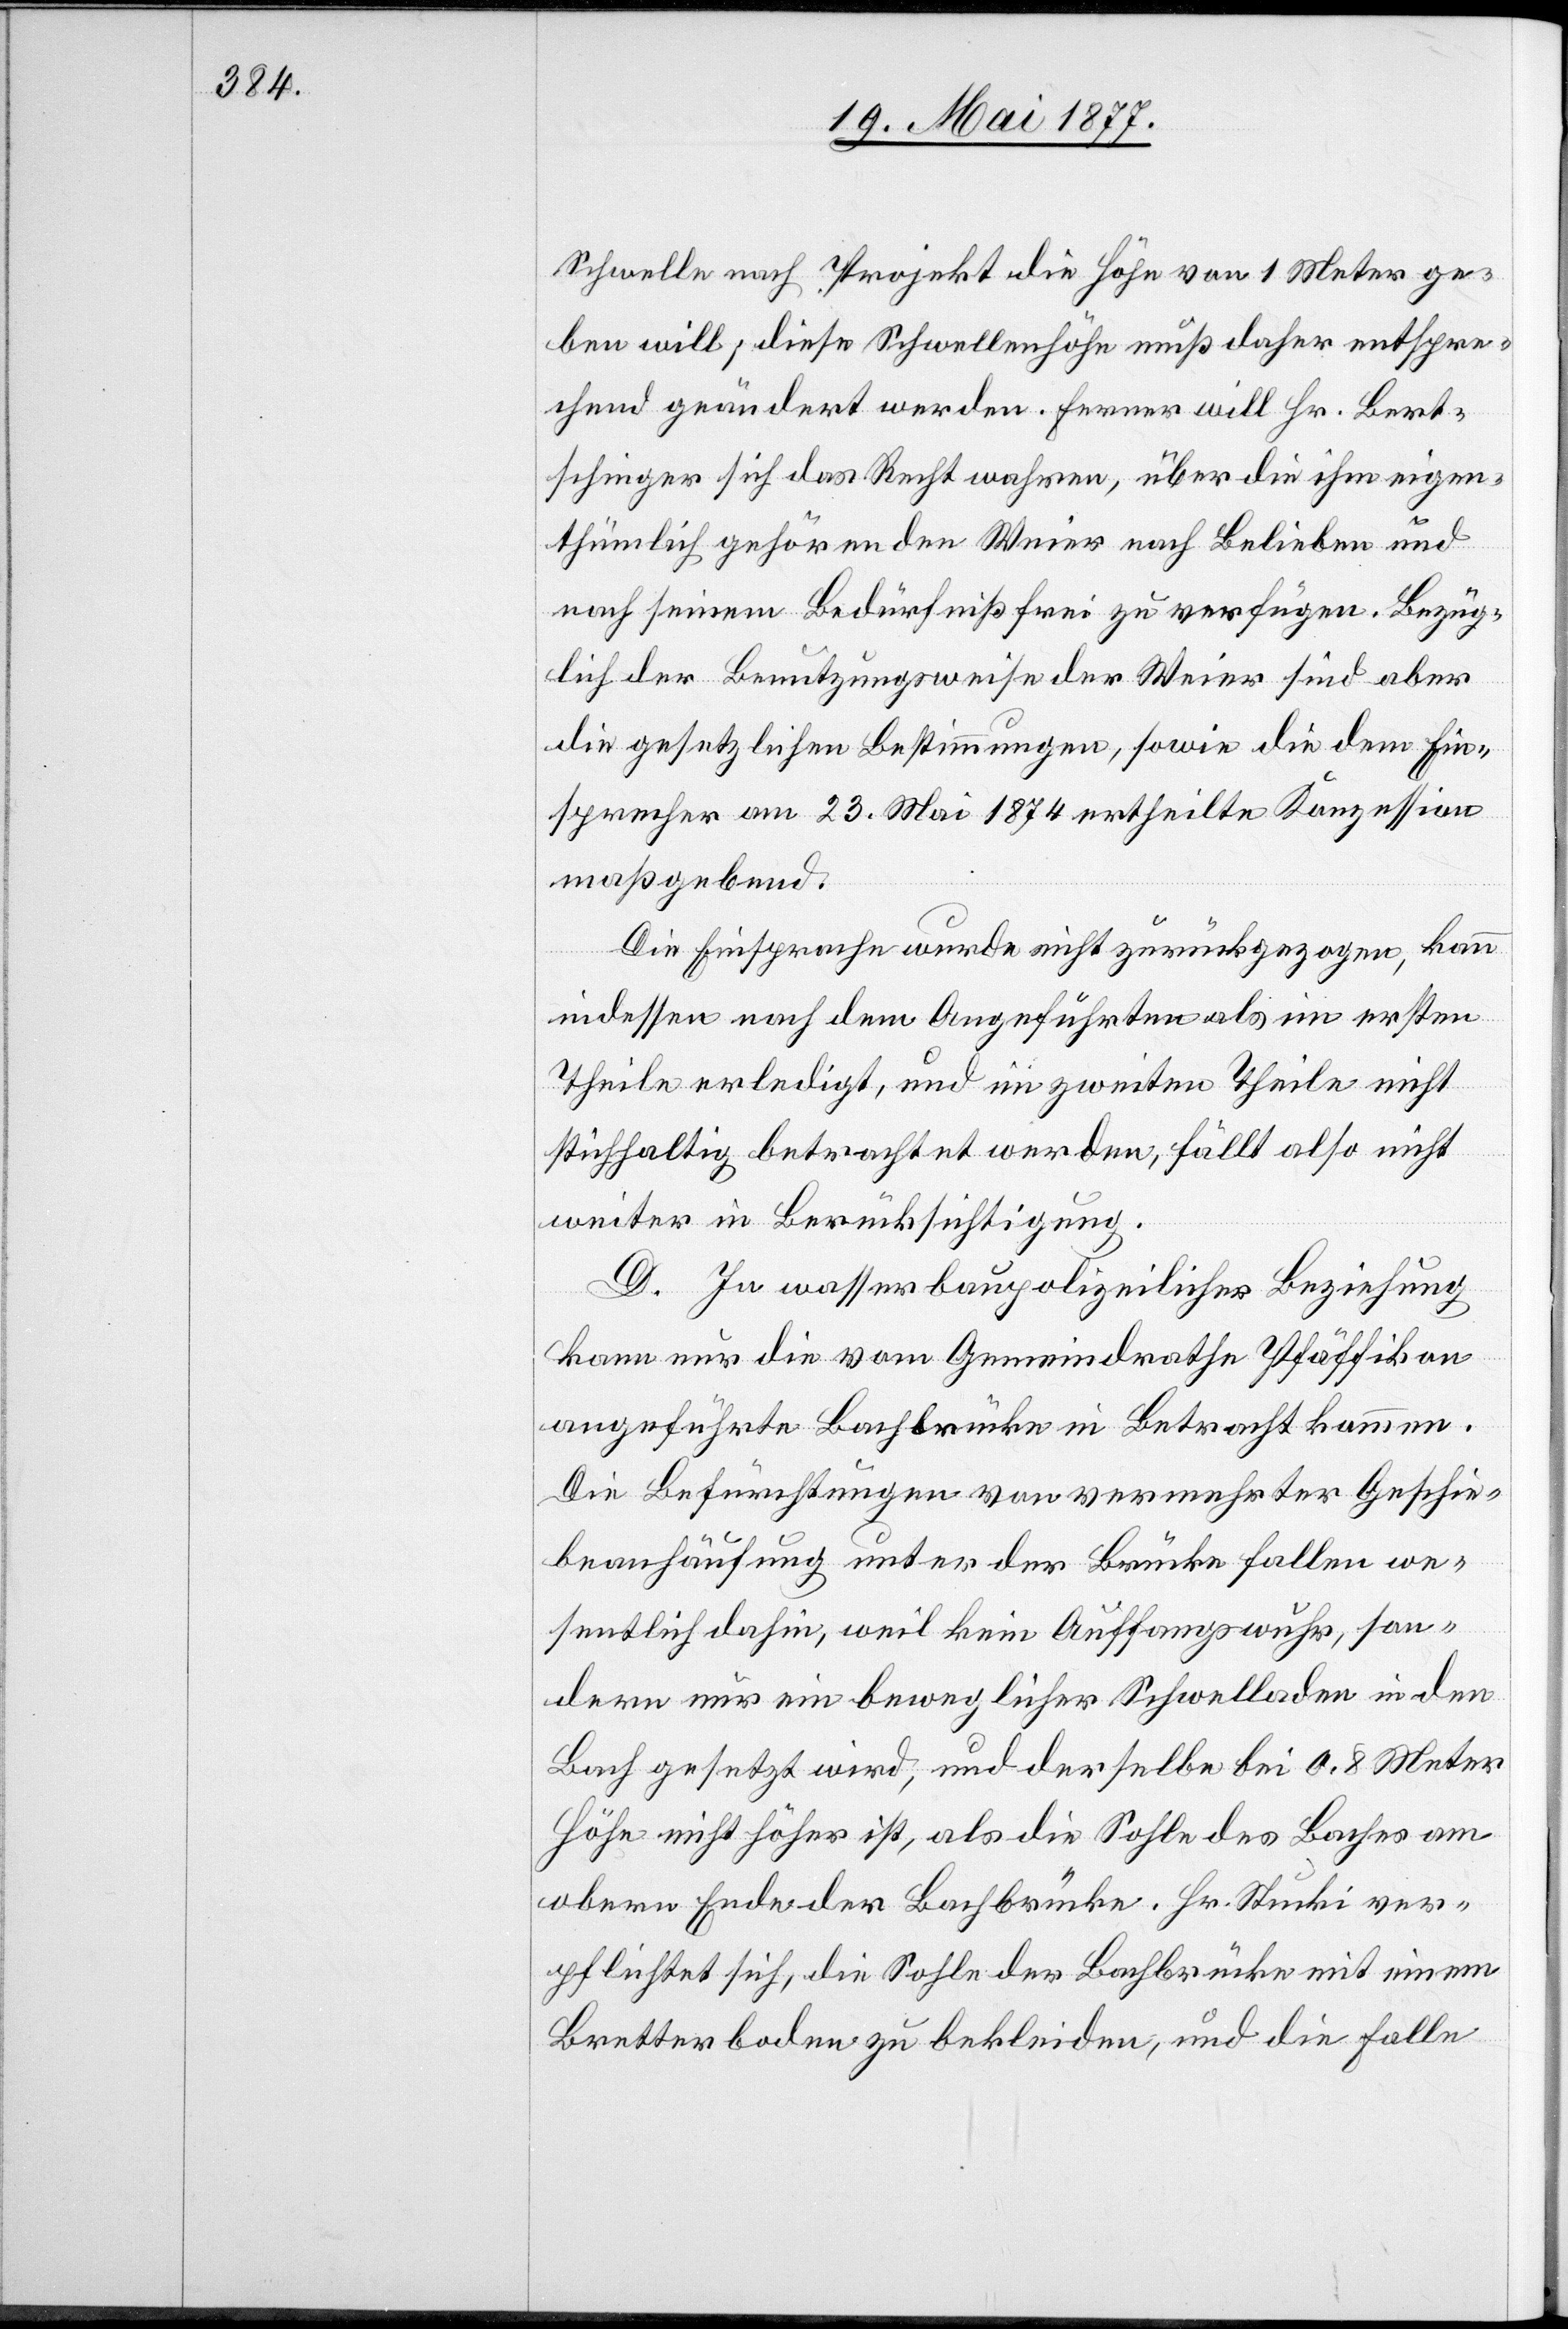
Schwelle nach Projekt die Höhe von 1 Meter ge¬
ben will; diese Schwellenhöhe muß daher entspre¬
chend geändert werden. Ferner will Hr. Bert¬
schinger sich das Recht wahren, über die ihm eigen¬
thümlich gehörenden Weier nach Belieben und
nach seinem Bedürfniß frei zu verfügen. Bezüg¬
lich der Benutzungsweise der Weier sind aber
die gesetzlichen Bestimmungen, sowie die dem Ein¬
sprecher am 23. Mai 1874 ertheilte Konzession
maßgebend.
Die Einsprache wurde nicht zurückgezogen, kann
indessen nach dem Angeführten als im ersten
Theile erledigt, und im zweiten Theile nicht
stichhaltig betrachtet werden, fällt also nicht
weiter in Berücksichtigung.
D. In wasserbaupolizeilicher Beziehung
kann nur die vom Gemeindrathe Pfäffikon
angeführte Bachbrücke in Betracht kommen.
Die Befürchtungen von vermehrter Geschie¬
beanhäufung unter der Brücke fallen we¬
sentlich dahin, weil kein Auffangswuhr, son¬
dern nur ein beweglicher Schwelladen in den
Bach gesetzt wird, und derselbe bei 0,8 Meter
Höhe nicht höher ist, als die Sohle des Baches am
obern Ende der Bachbrücke. Hr. Stucki ver¬
pflichtet sich, die Sohle der Bachbrücke mit einem
Bretterboden zu bekleiden, und die Falle